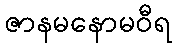
ဇာနမနောမဝီရ